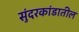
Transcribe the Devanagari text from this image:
सुंदरकांडातील